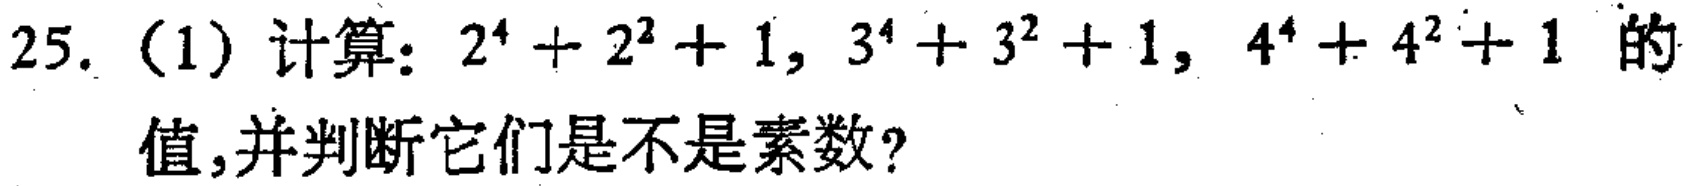
25. (1) 计算：\(2^{4}+2^{2}+1\)，\(3^{4}+3^{2}+1\)，\(4^{4}+4^{2}+1\)的值，并判断它们是不是素数？